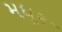
મધૂર